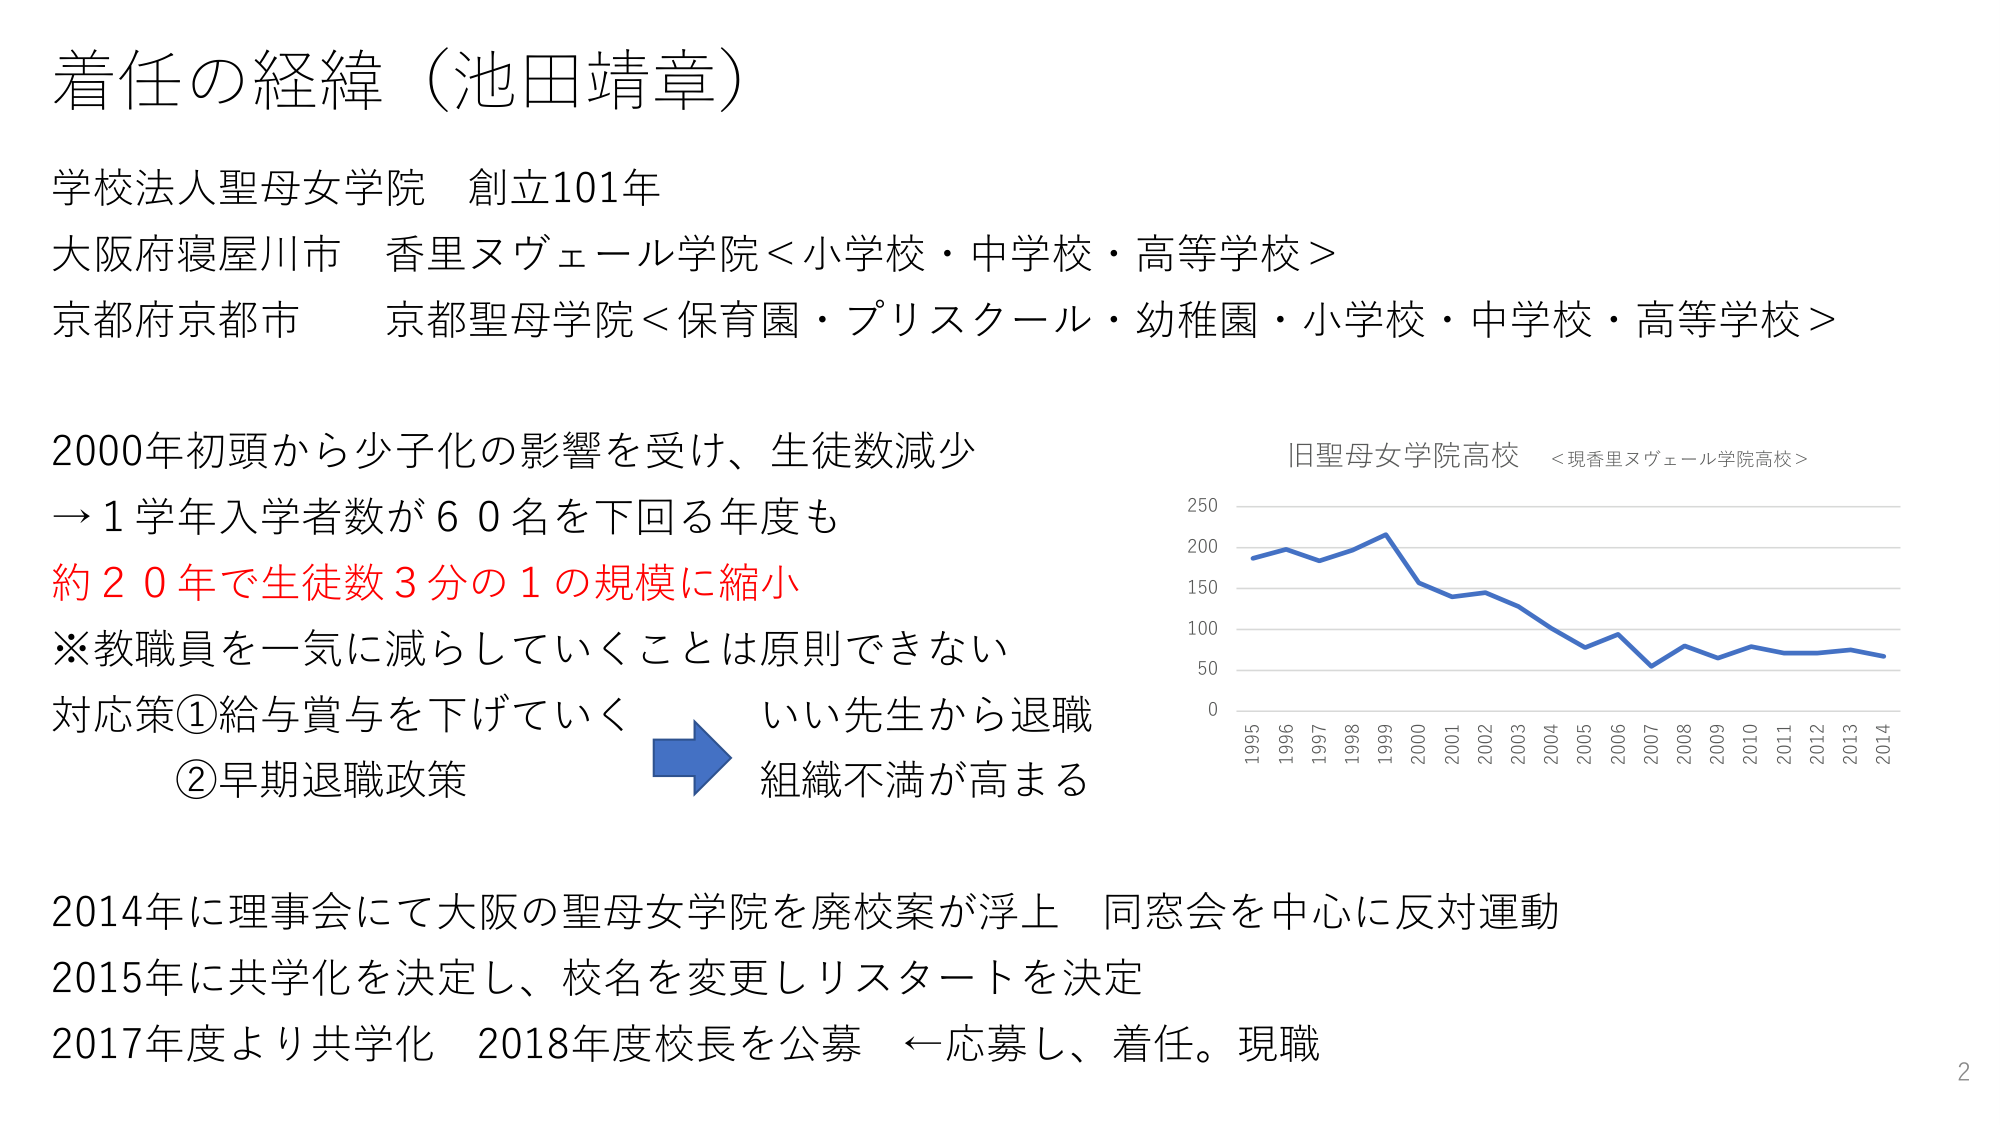
着任の経緯（池田靖章）

学校法人聖母女学院 創立101年
大阪府寝屋川市 香里ヌヴェール学院＜小学校・中学校・高等学校＞
京都府京都市 京都聖母学院＜保育園・プリスクール・幼稚園・小学校・中学校・高等学校＞

2000年初頭から少子化の影響を受け、生徒数減少
→1学年入学者数が60名を下回る年度も
約20年で生徒数3分の1の規模に縮小
※教職員を一気に減らしていくことは原則できない
対応策①給与賞与を下げていく いい先生から退職
②早期退職政策 組織不満が高まる

旧聖母女学院高校 ＜現香里ヌヴェール学院高校＞
（グラフ：縦軸0-250、横軸1995-2014、青い折れ線グラフ）

2014年に理事会にて大阪の聖母女学院を廃校案が浮上 同窓会を中心に反対運動
2015年に共学化を決定し、校名を変更しリスタートを決定
2017年度より共学化 2018年度校長を公募 ←応募し、着任。現職

2